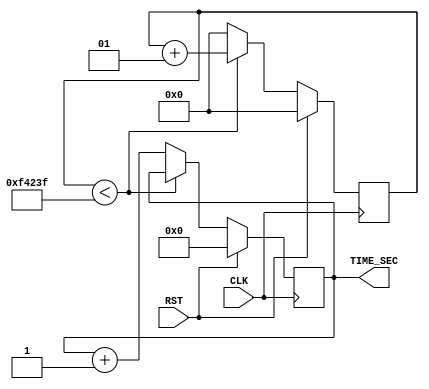
module Time_Cnt
(
    CLK,
    RST,
    TIME_SEC
);
    input CLK;
    input RST;
    output reg [15:0] TIME_SEC=0;

    integer time_f=0;
    always @(negedge CLK) begin
        if(RST)begin
            time_f<=0;
            TIME_SEC<=0;
        end
        else begin
            if(time_f<999999) begin
                time_f<=time_f+1;
            end
            else begin
                time_f<=0;
                TIME_SEC<=TIME_SEC+1;
            end
        end
    end
    
endmodule